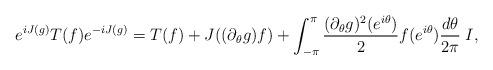
LaTeX: \begin{align*}e^{iJ(g)} T(f) e^{-iJ(g)} = T(f) + J((\partial_\theta g)f)+ \int_{-\pi}^{\pi}\frac{(\partial_\theta g)^2(e^{i\theta})}{2}f(e^{i\theta})\frac{d\theta}{2\pi} \; I,\end{align*}